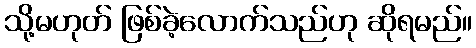
သို့မဟုတ် ဖြစ်ခဲ့လောက်သည်ဟု ဆိုရမည်။